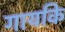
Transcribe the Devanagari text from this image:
गायकि